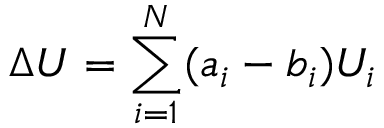
\Delta U = \sum _ { i = 1 } ^ { N } ( a _ { i } - b _ { i } ) U _ { i }